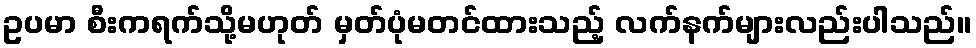
ဥပမာ စီးကရက်သို့မဟုတ် မှတ်ပုံမတင်ထားသည့် လက်နက်များလည်းပါသည်။